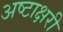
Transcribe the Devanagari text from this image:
अष्टाक्षरी